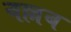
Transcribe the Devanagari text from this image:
वल्लब